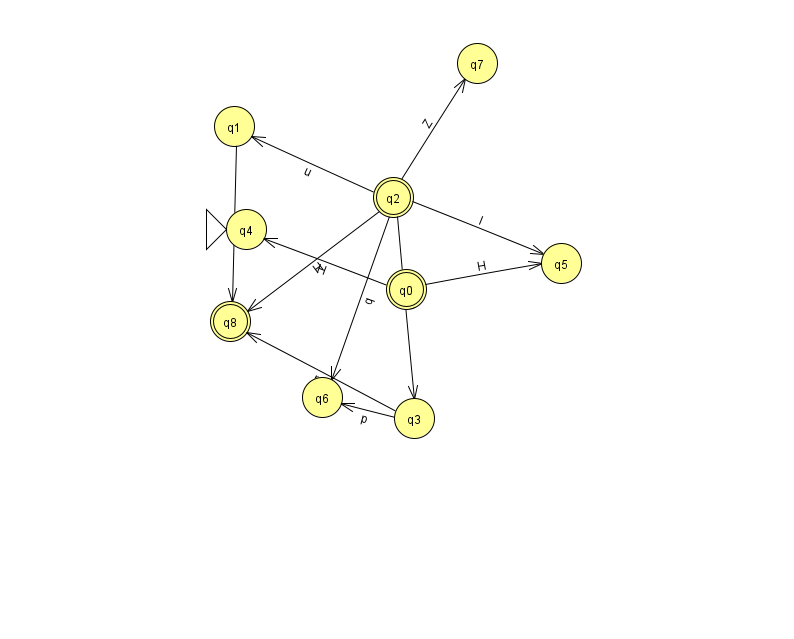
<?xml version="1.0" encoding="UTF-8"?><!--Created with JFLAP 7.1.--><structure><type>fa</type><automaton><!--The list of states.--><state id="0" name="q0"><x>406.0</x><y>276.0</y><final/></state><state id="1" name="q1"><x>234.0</x><y>113.0</y></state><state id="2" name="q2"><x>393.0</x><y>184.0</y><final/></state><state id="3" name="q3"><x>414.0</x><y>405.0</y></state><state id="4" name="q4"><x>246.0</x><y>216.0</y><initial/></state><state id="5" name="q5"><x>561.0</x><y>250.0</y></state><state id="6" name="q6"><x>322.0</x><y>384.0</y></state><state id="7" name="q7"><x>477.0</x><y>50.0</y></state><state id="8" name="q8"><x>230.0</x><y>308.0</y><final/></state><!--The list of transitions.--><transition><from>2</from><to>6</to><read>q</read></transition><transition><from>2</from><to>8</to><read>H</read></transition><transition><from>2</from><to>5</to><read>I</read></transition><transition><from>3</from><to>8</to><read>p</read></transition><transition><from>2</from><to>7</to><read>Z</read></transition><transition><from>2</from><to>1</to><read>u</read></transition><transition><from>0</from><to>4</to><read>H</read></transition><transition><from>0</from><to>5</to><read>H</read></transition><transition><from>3</from><to>6</to><read>p</read></transition><transition><from>1</from><to>8</to><read>Z</read></transition><transition><from>2</from><to>3</to><read>p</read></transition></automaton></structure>